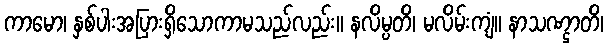
ကာမော၊ နှစ်ပါးအပြားရှိသောကာမသည်လည်း။ နလိမ္ပတိ၊ မလိမ်းကျံ။ နာသဏ္ဌာတိ၊